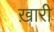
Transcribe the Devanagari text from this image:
ख़ारी